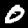
Label: 0